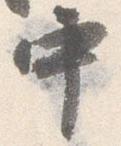
中